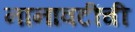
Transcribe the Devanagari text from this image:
नानावटींची